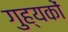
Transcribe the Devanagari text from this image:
गुह्यकों